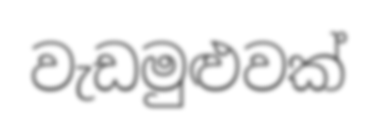
වැඩමුළුවක්